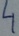
Text: 4